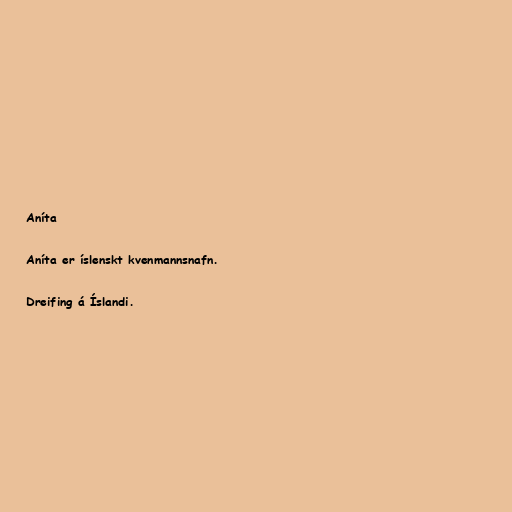
Aníta

Aníta er íslenskt kvenmannsnafn.

Dreifing á Íslandi.